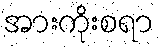
အားကိုးစရာ